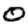
Digit: 0